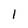
Character: 1